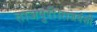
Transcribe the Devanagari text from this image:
ताजपुरी।राजवंशी